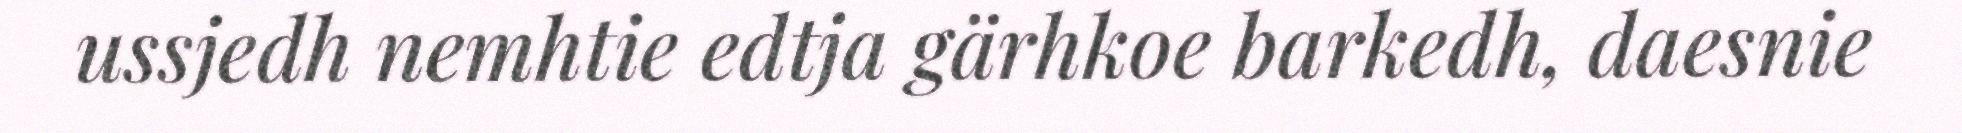
ussjedh nemhtie edtja gärhkoe barkedh, daesnie